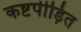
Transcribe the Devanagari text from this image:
कष्टपीड़ित